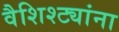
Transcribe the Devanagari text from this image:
वैशिश्ट्यांना